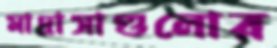
মাদ্রাসাগুলোর